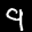
Label: 9